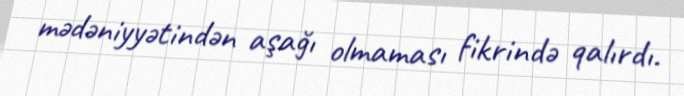
mədəniyyətindən aşağı olmaması fikrində qalırdı.